Vaccination in Bombay 1924-1928 - 1924-1928
Year: 1924
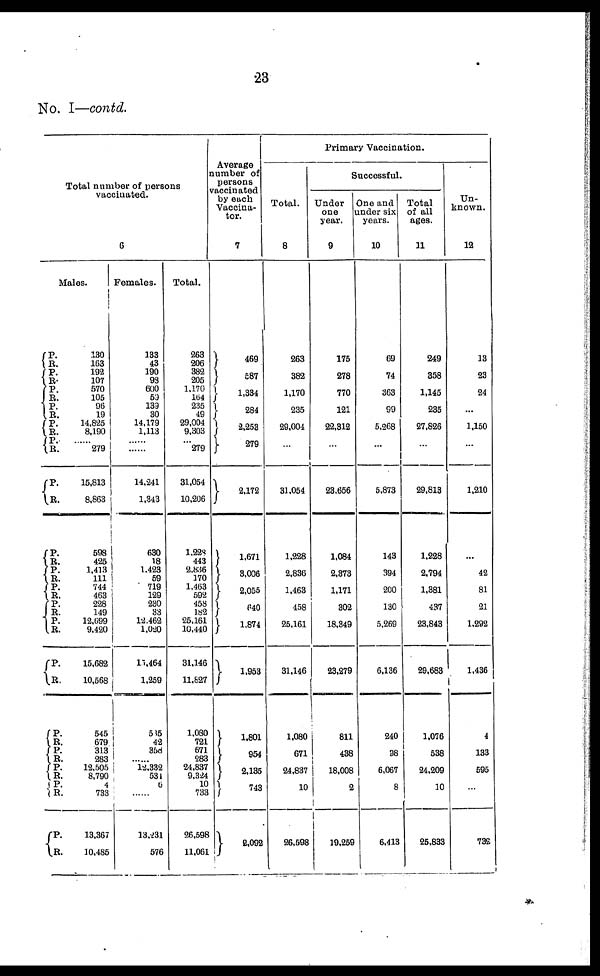
23
No. I—contd.
Total number of persons
vaccinated.
6
Males.
P.
R.
P.
R. P. R.
P.
R.
P.
R.
P.
R.
P.
R.
P.
R.
P.
R.
P.
R.
P.
R.
P.
R.
P.
R.
P.
R.
P.
R.
P.
R.
P.
R.
P.
R.
130
163
192
107
570
105
96
19
14,825
8,190
......
279
15,813
8,863
598
425
1,413
111
744
463
228
149
12,699
9,420
15,682
10,568
545
679
313
283
12,505
8,790
4
733
13,367
10,485
Females.
133
43
190
98
600
59
139
30
14,179
1,113
......
......
14,241
1,343
630
18
1,423
59
719
129
230
33
12,462
1,020
17,464
1,259
585
42
358
......
12,332
534
6
......
13,231
576
Total.
263
206
382
205
1,170
164
235
49
29,004
9,303
...
279
31,054
10,206
1,228
443
2,836
170
1,463
592
458
182
25,161
10,440
31,146
11,827
1,060
721
671
283
24,837
9,324
10
733
26,598
11,061
Average
number of
persons
vaccinated
by each
Vaccina¬
tor.
7
469
587
1,334
284
2,253
279
2,172
1,671
3,006
2,055
640
1,874
1,953
1,801
954
2,135
743
2,092
Primary Vaccination.
Total.
8
263
382
1,170
235
29,004
...
31,054
1,228
2,836
1,463
458
25,161
31,146
1,080
671
24,837
10
26,598
Successful.
Under
one
year.
9
175
278
770
121
22,312
...
23,656
1,084
2,373
1,171
302
18,349
23,279
811
438
18,008
2
19,259
One and
under six
years.
10
69
74
363
99
5,268
...
5,873
143
394
200
130
5,269
6,136
240
98
6,067
8
6,413
Total
of all
ages.
11
249
358
1,145
235
27,826
...
29,813
1,228
2,794
1,381
437
23,843
29,683
1,076
538
24,209
10
25,833
Un-
known.
12
13
23
24
...
1,150
...
1,210
...
42
81
21
1,292
1,436
4
133
595
...
732